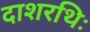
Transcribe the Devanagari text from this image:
दाशरथिः